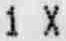
1 X